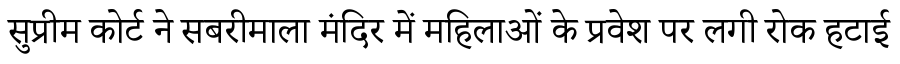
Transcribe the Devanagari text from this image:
सुप्रीम कोर्ट ने सबरीमाला मंदिर में महिलाओं के प्रवेश पर लगी रोक हटाई